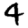
Digit: 4